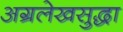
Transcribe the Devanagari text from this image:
अग्रलेखसुद्धा